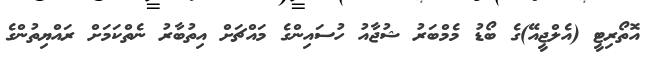
އޮތޯރިޓީ (އެލްޖީއޭ)ގެ ބޯޑު މެމްބަރު ޝުޖާއު ހުސައިންގެ މައްޗަށް އިތުބާރު ނެތްކަމަށް ރައްޔިތުންގެ